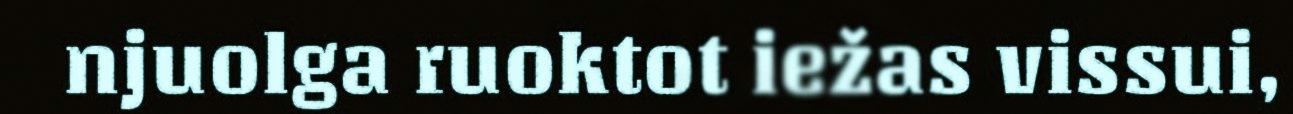
njuolga ruoktot iežas vissui,